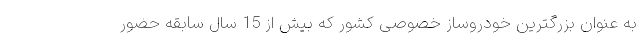
به عنوان بزرگترین خودروساز خصوصی کشور که بیش از 15 سال سابقه حضور